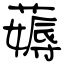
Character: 薅